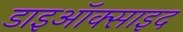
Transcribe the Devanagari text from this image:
डाइऑक्साइद